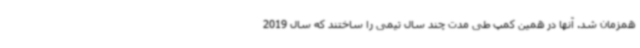
همزمان شد. آنها در همین کمپ طی مدت چند سال تیمی را ساختند که سال 2019